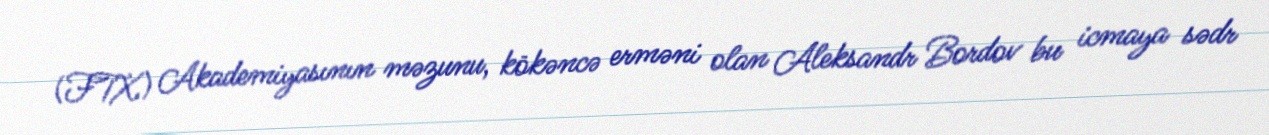
(FTX) Akademiyasının məzunu, kökəncə erməni olan Aleksandr Bordov bu icmaya sədr